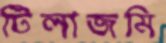
টিলাজমি